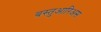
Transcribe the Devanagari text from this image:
बस्तुआरिअस